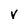
Character: V